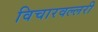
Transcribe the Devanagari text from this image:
विचारवल्लरी